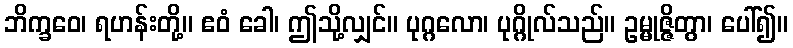
ဘိက္ခဝေ၊ ရဟန်းတို့။ ဧဝံ ခေါ၊ ဤသို့လျှင်။ ပုဂ္ဂလော၊ ပုဂ္ဂိုလ်သည်။ ဥမ္မုဇ္ဇိတွာ၊ ပေါ်၍။